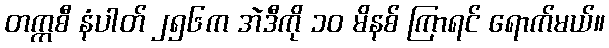
တက္ကစီ နံပါတ် ၂၅၆က အဲဒီကို ၁၀ မိနစ် ကြာရင် ရောက်မယ်။